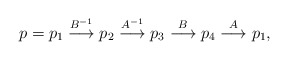
\begin{align*}p=p_1\overset{B^{-1}}\longrightarrow p_2\overset{A^{-1}}\longrightarrow p_3\overset{B}\longrightarrow p_4\overset{A}\longrightarrow p_1,\end{align*}